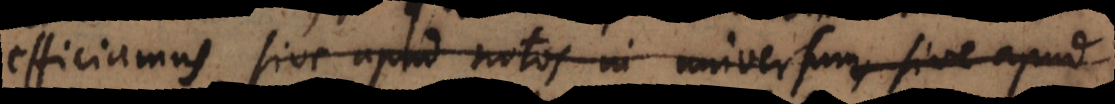
efficiamus, sive apud notos in universum, sive apud